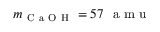
m _ { \mathrm { ~ C ~ a ~ O ~ H ~ } } = 5 7 ~ \mathrm { ~ a ~ m ~ u ~ }